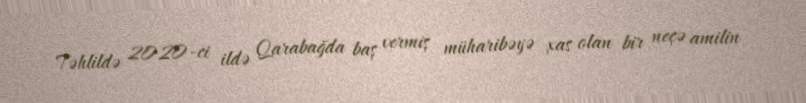
Təhlildə 2020-ci ildə Qarabağda baş vermiş müharibəyə xas olan bir neçə amilin